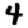
Digit: 4